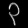
Digit: ၃